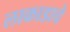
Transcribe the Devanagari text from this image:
लाकाडाचे